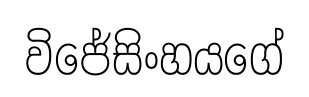
විජේසිංහයගේ